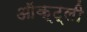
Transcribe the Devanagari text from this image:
ऑक्ट्ली